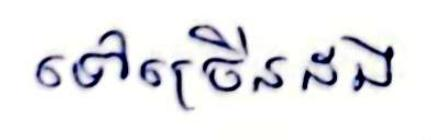
ទៅច្រើនដង